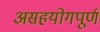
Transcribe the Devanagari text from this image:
असहयोगपूर्ण